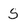
Character: S